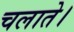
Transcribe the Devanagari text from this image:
चलाते।